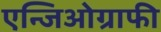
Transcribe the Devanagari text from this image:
एन्जिओग्राफी